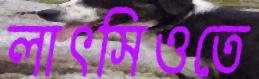
লাৎসিওতে